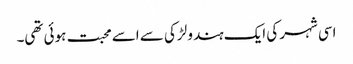
اسی شہر کی ایک ہندو لڑکی سے اسے محبت ہوئی تھی۔